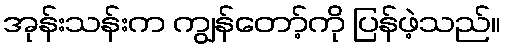
အုန်းသန်းက ကျွန်တော့်ကို ပြန်ဖဲ့သည်။